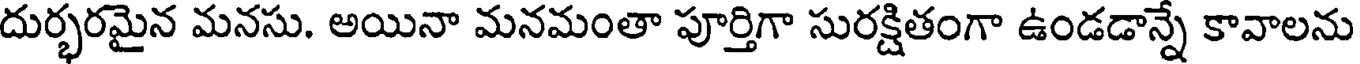
దుర్భరమైన మనసు. అయినా మనమంతా పూర్తిగా సురక్షితంగా ఉండడాన్నే కావాలను